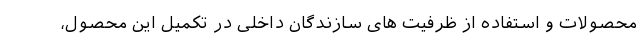
محصولات و استفاده از ظرفیت های سازندگان داخلی در تکمیل این محصول،